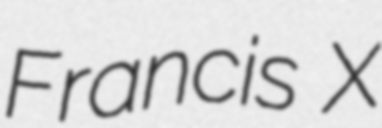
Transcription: Francis X